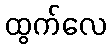
ထွက်လေ